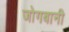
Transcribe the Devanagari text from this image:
जोगबानी